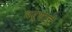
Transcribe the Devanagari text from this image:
तरूणाचे